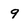
Character: 9